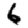
Digit: 6